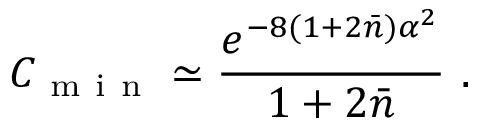
C _ { \mathrm { ~ m ~ i ~ n ~ } } \simeq \frac { e ^ { - 8 ( 1 + 2 \bar { n } ) \alpha ^ { 2 } } } { 1 + 2 \bar { n } } \ .